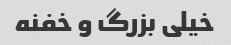
خیلی بزرگ و خفنه